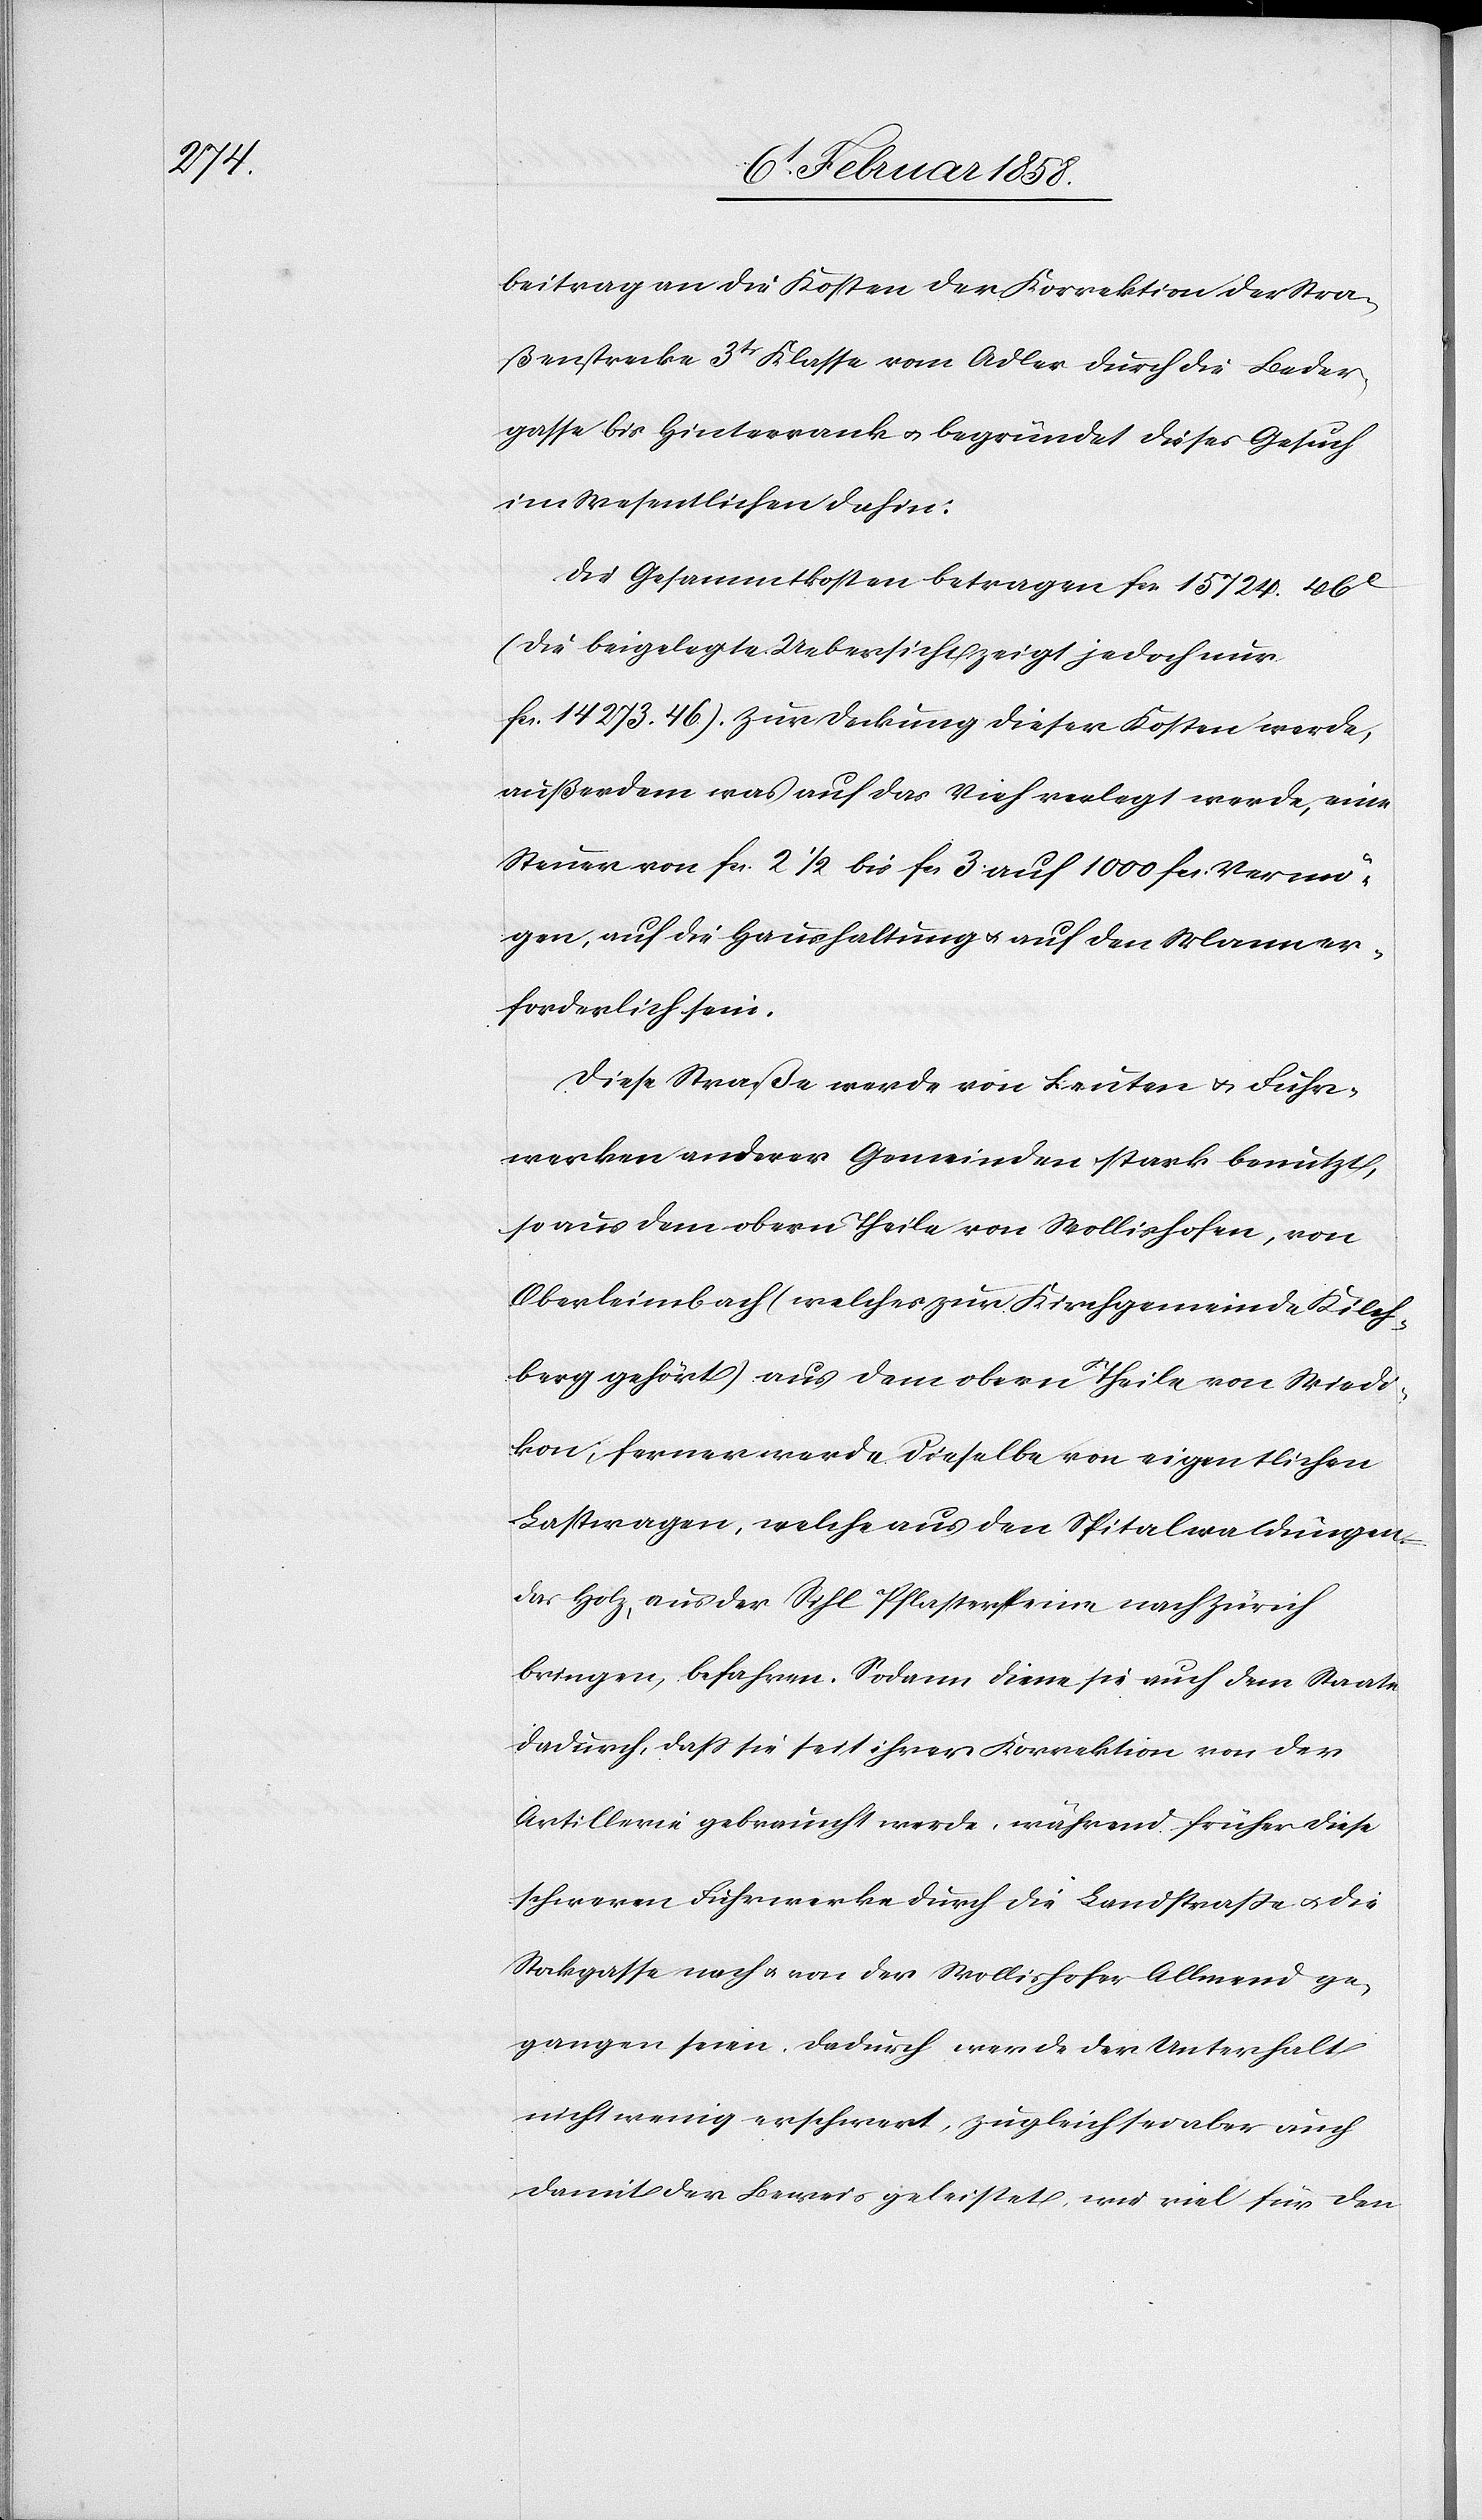
beitrag an die Kosten der Korrektion der Stra¬
ßenstrecke 3tr Klasse vom Adler durch die Beder¬
gasse bis Hinterrank u. begründet dieses Gesuch
im Wesentlichen dahin:
Die Gesammtkosten betragen fcs. 15 724. 46
(die beigelegte Uebersicht zeigt jedoch nur
fcs. 14 273. 46). Zur Deckung dieser Kosten werde,
außerdem was auf das Vieh verlegt werde, eine
Steuer von fcs. 2 ½ bis fcs. 3 auf 1000 fcs. Vermö¬
gen, auf die Haushaltung u. auf den Mann er¬
forderlich sein.
Diese Straße werde von Leuten u. Fuhr¬
werken anderer Gemeinden stark benutzt,
so aus dem obern Theile von Wollishofen, von
Oberleimbach (welches zur Kirchgemeinde Kilch¬
berg gehört) aus dem obern Theile von Wiedi¬
kon; ferner werde dieselbe von eigentlichen
Lastwagen, welche aus den Spitalwaldungen
das Holz, aus der Sihl Pflastersteine nach Zürich
bringen, befahren. Sodann diene sie auch dem Staate
dadurch, daß sie seit ihrer Korrektion von der
Artillerie gebraucht werde, während früher diese
schweren Fuhrwerke durch die Landstraße u. die
Stockgasse nach u. von der Wollishofer Allmend ge¬
gangen seien. Dadurch werde der Unterhalt
nicht wenig erschwert, zugleich sei aber auch
damit der Beweis geleistet, wie viel für den